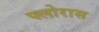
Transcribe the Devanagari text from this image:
फ्लोरास